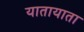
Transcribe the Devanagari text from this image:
यातायाता